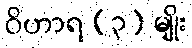
ဝိဟာရ (၃) မျိုး